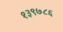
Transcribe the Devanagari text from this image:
१३९७८६